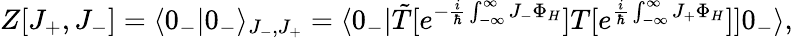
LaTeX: Z[J_{+},J_{-}]=\langle 0_{-}|0_{-}\rangle_{J_{-},J_{+}}=\langle 0_{-}|\tilde{T}[e^{-\frac{i}{\hbar}\int_{-\infty}^{\infty}J_{-}\Phi_{H}}]T[e^{\frac{i}{\hbar}\int_{-\infty}^{\infty}J_{+}\Phi_{H}}]]0_{-}\rangle,